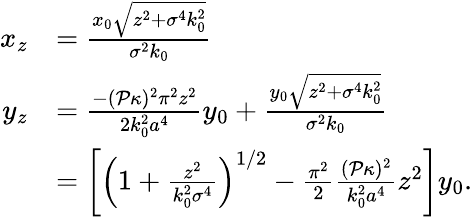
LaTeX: \begin{array}{rl}{x_{z}}&{=\frac{x_{0}\sqrt{z^{2}+\sigma^{4}k_{0}^{2}}}{\sigma^{2}k_{0}}}\\ {y_{z}}&{=\frac{-(\mathcal{P}\kappa)^{2}\pi^{2}z^{2}}{2k_{0}^{2}a^{4}}y_{0}+\frac{y_{0}\sqrt{z^{2}+\sigma^{4}k_{0}^{2}}}{\sigma^{2}k_{0}}}\\ &{=\left[\left(1+\frac{z^{2}}{k_{0}^{2}\sigma^{4}}\right)^{1/2}-\frac{\pi^{2}}{2}\frac{(\mathcal{P}\kappa)^{2}}{k_{0}^{2}a^{4}}z^{2}\right]y_{0}.}\end{array}